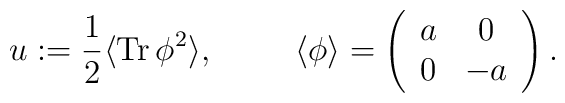
u:=\frac{1}{2}\langle\mbox{Tr}\,\phi^2\rangle,\hskip 0.4 in\langle\phi\rangle=\left(\begin{array}{cc}a&0\\0&-a\end{array}\right).